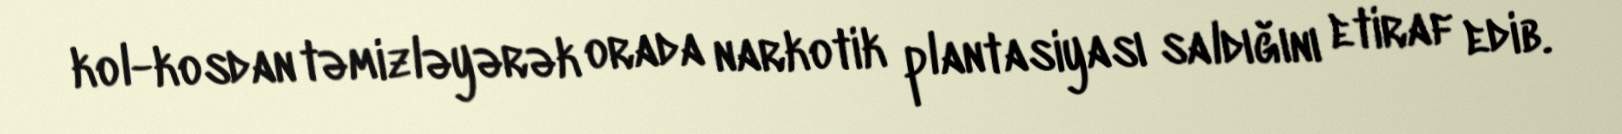
kol-kosdan təmizləyərək orada narkotik plantasiyası saldığını etiraf edib.